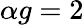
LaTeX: \alpha g=2